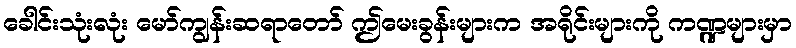
ခေါင်းသုံးလုံး မော်ကျွန်းဆရာတော် ဤမေးခွန်းများက အရိုင်းများကို ကဏ္ဍများမှာ